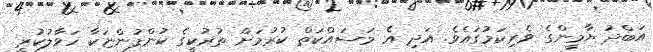
އަބްދު ޔާމީންގެ ވެރިކަމުގައެވެ. އަދި އެ މަސައްކަތް ކުރުމަށް ތުރުކީގެ ކުންފުންޏަކާ ހަވާލުކުރީ